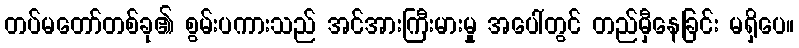
တပ်မတော်တစ်ခု၏ စွမ်းပကားသည် အင်အားကြီးမားမှု အပေါ်တွင် တည်မှီနေခြင်း မရှိပေ။